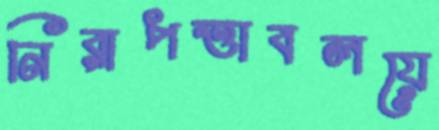
নিরাপত্তাবলয়ে